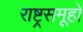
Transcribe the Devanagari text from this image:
राष्ट्रसमूहों